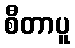
စီတာပူ